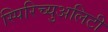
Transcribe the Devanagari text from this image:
स्पिरिच्युअलिटी